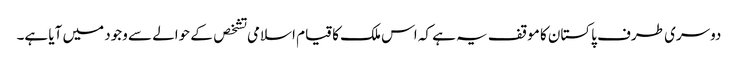
دوسری طرف پاکستان کا موقف یہ ہے کہ اس ملک کا قیام اسلامی تشخص کے حوالے سے وجود میں آیا ہے۔